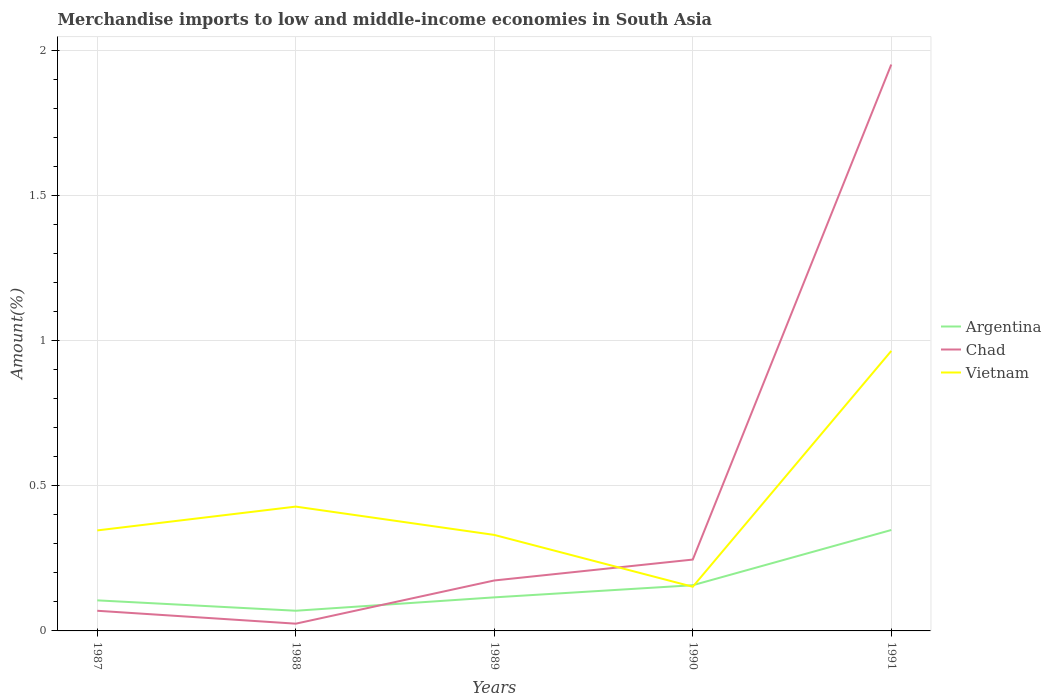
| Years | Argentina | Chad | Vietnam |
 | --- | --- | --- | --- |
 | 1987 | 0.105 | 0.0695 | 0.346 |
 | 1988 | 0.0696 | 0.025 | 0.428 |
 | 1989 | 0.116 | 0.174 | 0.331 |
 | 1990 | 0.157 | 0.246 | 0.152 |
 | 1991 | 0.348 | 1.95 | 0.965 |